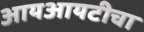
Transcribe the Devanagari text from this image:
आयआयटीचा